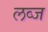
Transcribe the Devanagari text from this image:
लव्ज